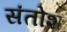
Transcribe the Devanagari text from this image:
संतोश